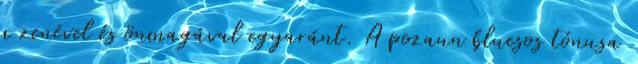
a zenével és önmagával egyaránt. A pozaun bluesos tónusa